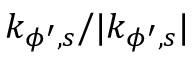
k _ { \phi ^ { \prime } , s } / | k _ { \phi ^ { \prime } , s } |